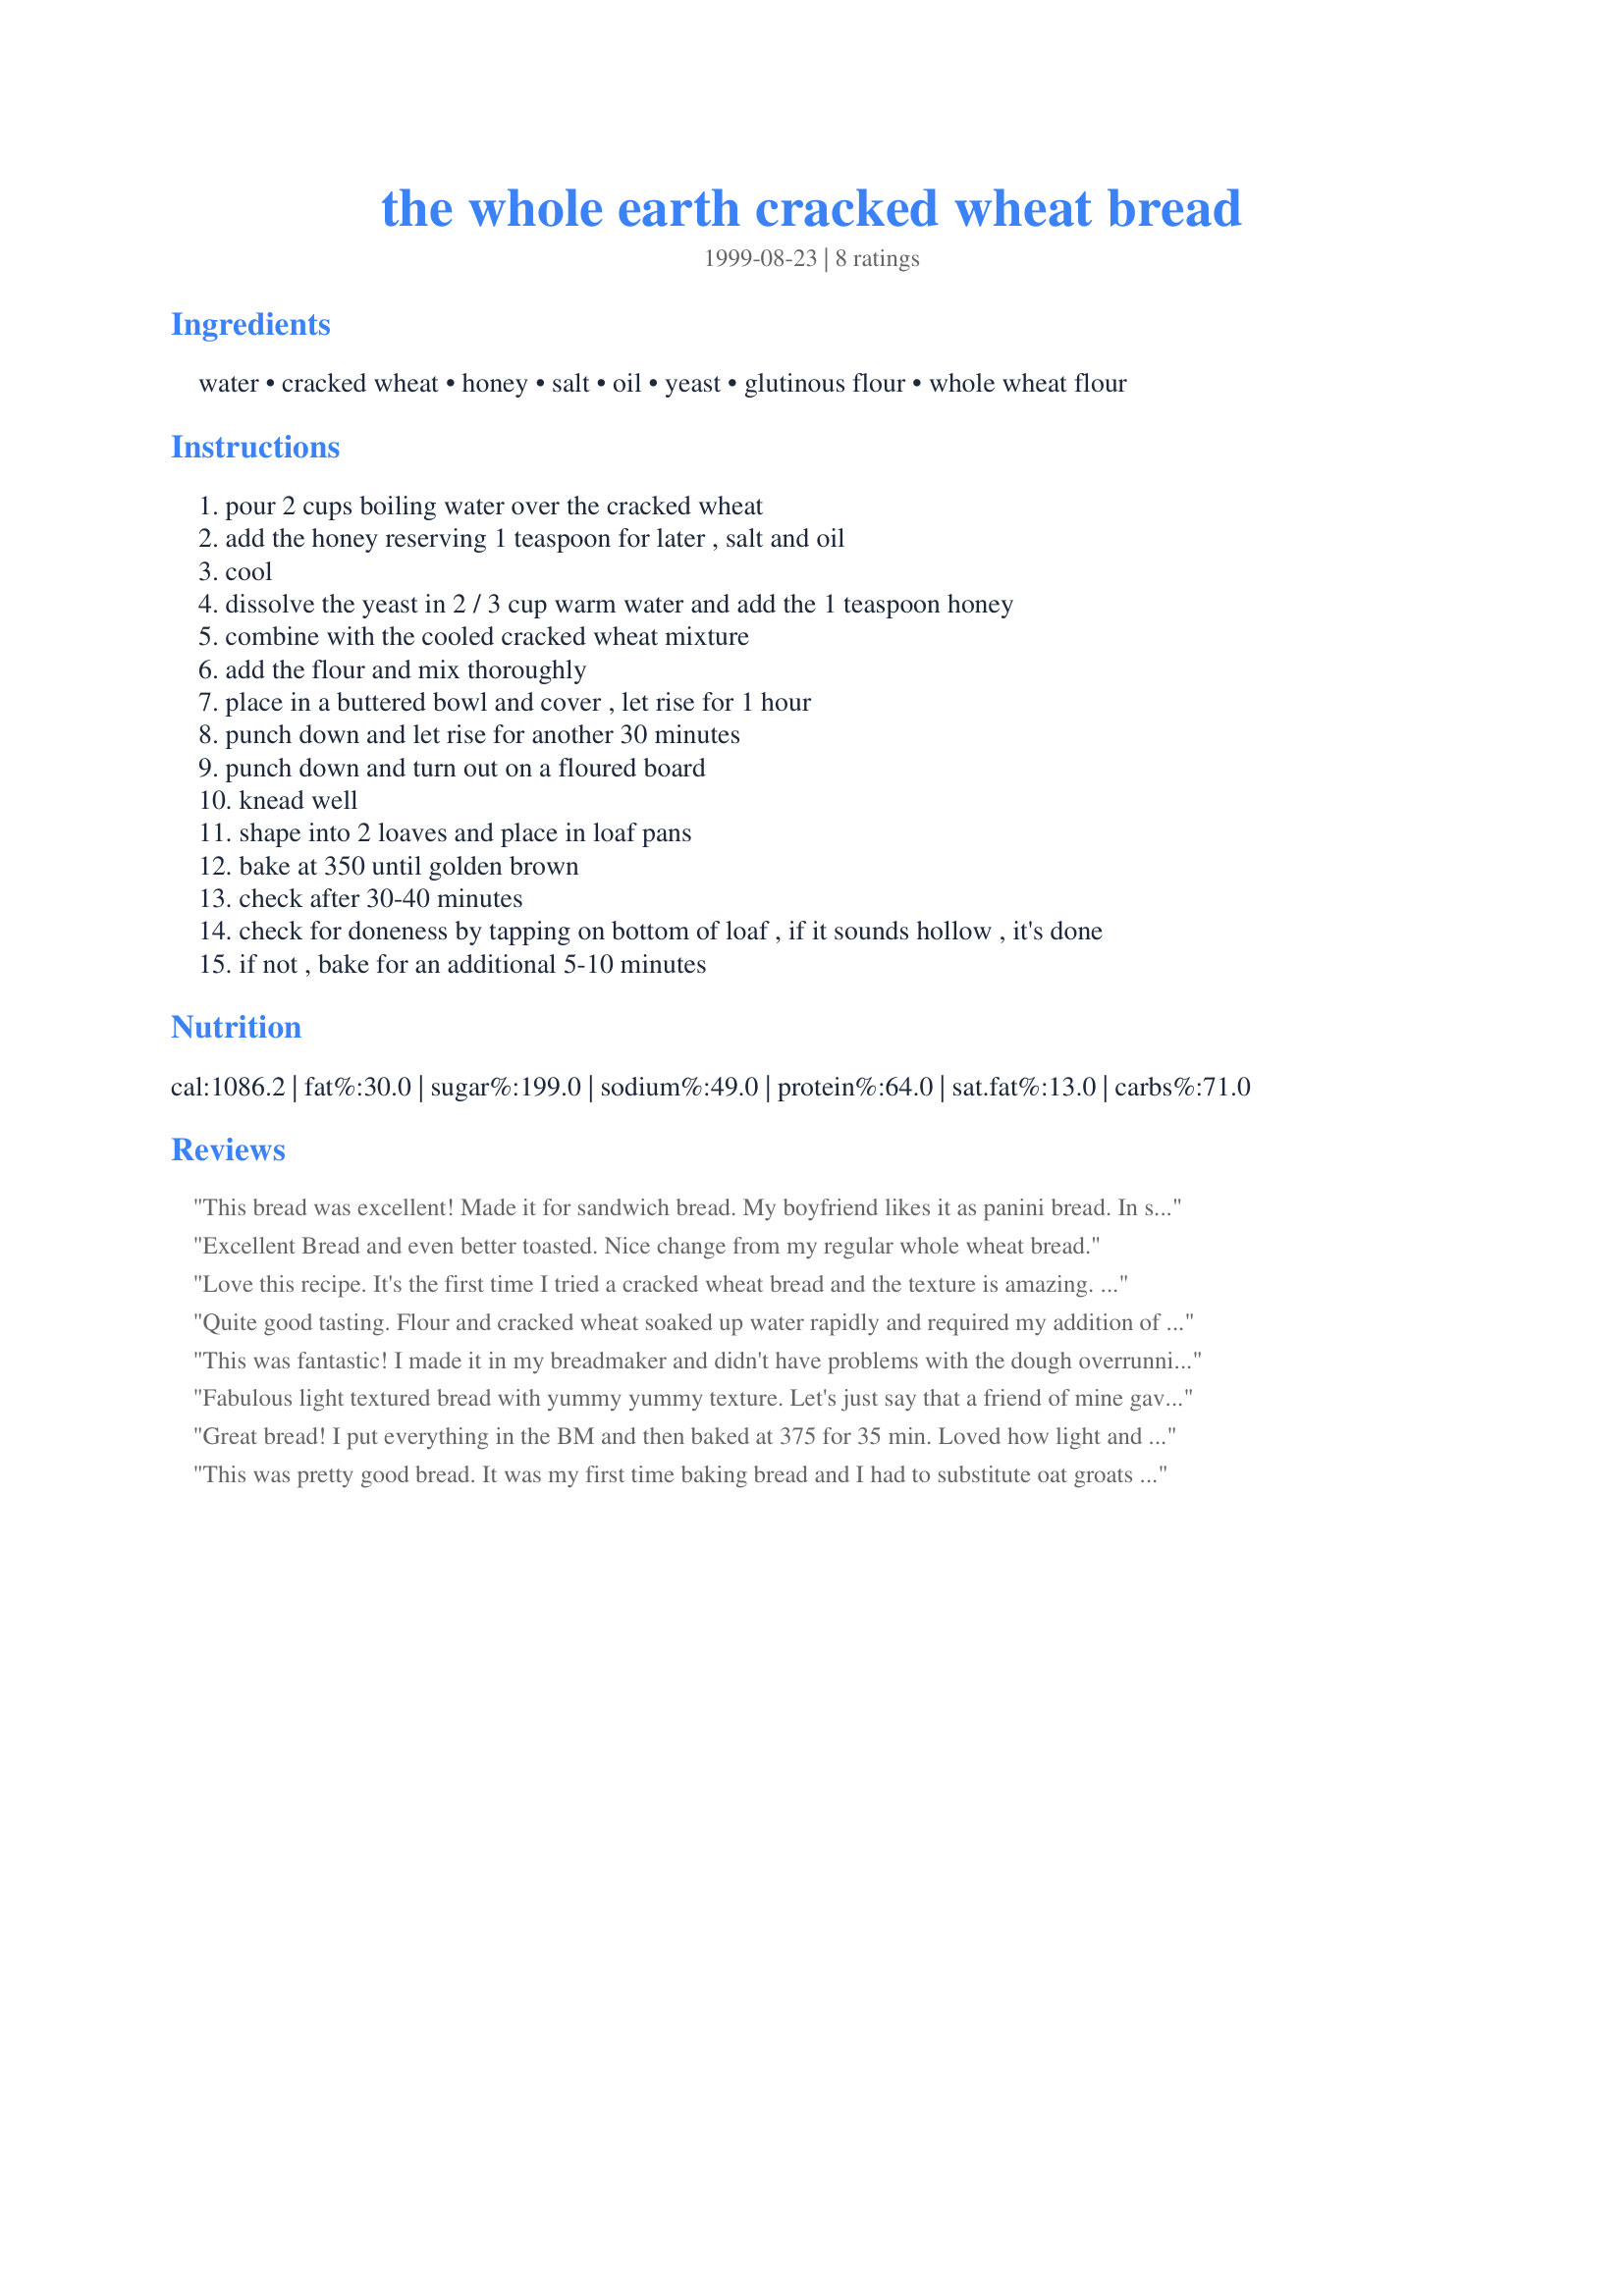
the whole earth cracked wheat bread
Preparation time: 0 minutes

Ingredients:
water, cracked wheat, honey, salt, oil, yeast, glutinous flour, whole wheat flour

Steps:
pour 2 cups boiling water over the cracked wheat
add the honey reserving 1 teaspoon for later , salt and oil
cool
dissolve the yeast in 2 / 3 cup warm water and add the 1 teaspoon honey
combine with the cooled cracked wheat mixture
add the flour and mix thoroughly
place in a buttered bowl and cover , let rise for 1 hour
punch down and let rise for another 30 minutes
punch down and turn out on a floured board
knead well
shape into 2 loaves and place in loaf pans
bake at 350 until golden brown
check after 30-40 minutes
check for doneness by tapping on bottom of loaf , if it sounds hollow , it's done
if not , bake for an additional 5-10 minutes

Reviews:
This bread was excellent! Made it for sandwich bread. My boyfriend likes it as panini bread. In short, good recipe Anne! SUPERB!!!
Excellent Bread and even better toasted. Nice change from my regular whole wheat bread.
Love this recipe. It's the first time I tried a cracked wheat bread and the texture is amazing. This bread is still thick and hearty, while being light and fluffy at the same time. My husband says he doesn't want me to try out anymore recipes, he's found his favorite.
Quite good tasting. Flour and cracked wheat soaked up water rapidly and required my addition of about 1/2 cup more in order to made into dough that could be kneaded. Excellent with orange marmalade. Alfie
This was fantastic! I made it in my breadmaker and didn't have problems with the dough overrunning the pan. It has a nice, nutty taste and good, firm texture. It tastes great with nutella on it or savory foods like the chicken en cassarole I made.
Fabulous light textured bread with yummy yummy texture. Let's just say that a friend of mine gave me a gallon of cracked wheat to use and I was going to give half of it away, but after making this - I'm going to keep all of it! I cut this recipe in half and ran it on the dough cycle then baked it in my stoneware bread pan - amazing!
Great bread! I put everything in the BM and then baked at 375 for 35 min. Loved how light and airy it was. Great toast in the morning.
This was pretty good bread. It was my first time baking bread and I had to substitute oat groats for cracked wheat so maybe that's why it wasn't perfect, but it did taste good.

Note to bread newbies: Keep the water temperature at about 100 degrees or you will kill the yeast and your dough will not rise. I found this out the hard way :).
